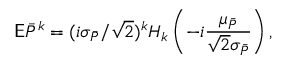
\mathsf E \bar { P } ^ { k } = ( i \sigma _ { \bar { P } } / \sqrt 2 ) ^ { k } H _ { k } \left( - i \frac { \mu _ { \bar { P } } } { \sqrt 2 \sigma _ { \bar { P } } } \right) ,